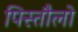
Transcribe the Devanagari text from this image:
पिस्तौलो